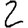
Digit: 2